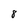
Character: 8